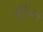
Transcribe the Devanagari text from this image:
गैसियस